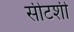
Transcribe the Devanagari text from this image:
सीटशी